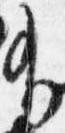
有